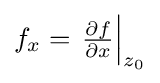
{\textstyle f_{x}=\left.{\frac {\partial f}{\partial x}}\right\vert _{z_{0}}}